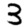
Digit: 3